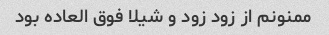
ممنونم از زود زود و شیلا فوق العاده بود